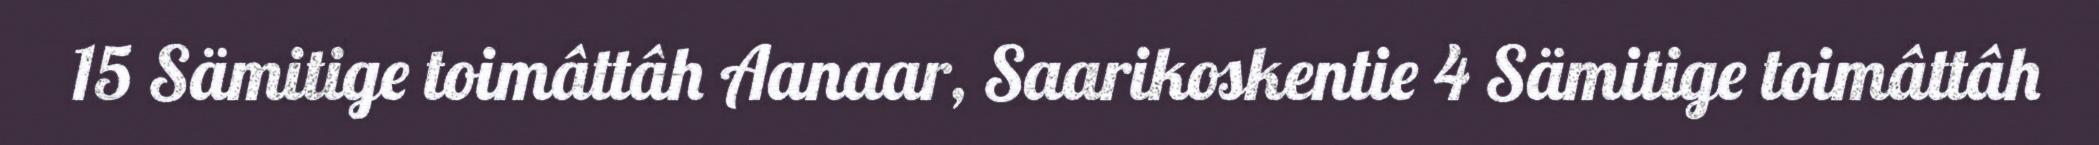
15 Sämitige toimâttâh Aanaar, Saarikoskentie 4 Sämitige toimâttâh